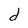
Character: d